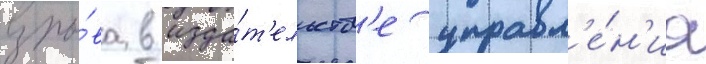
взры́ва в изда́т'ельств'е управл'е́н'иа